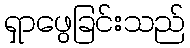
ရှာဖွေခြင်းသည်